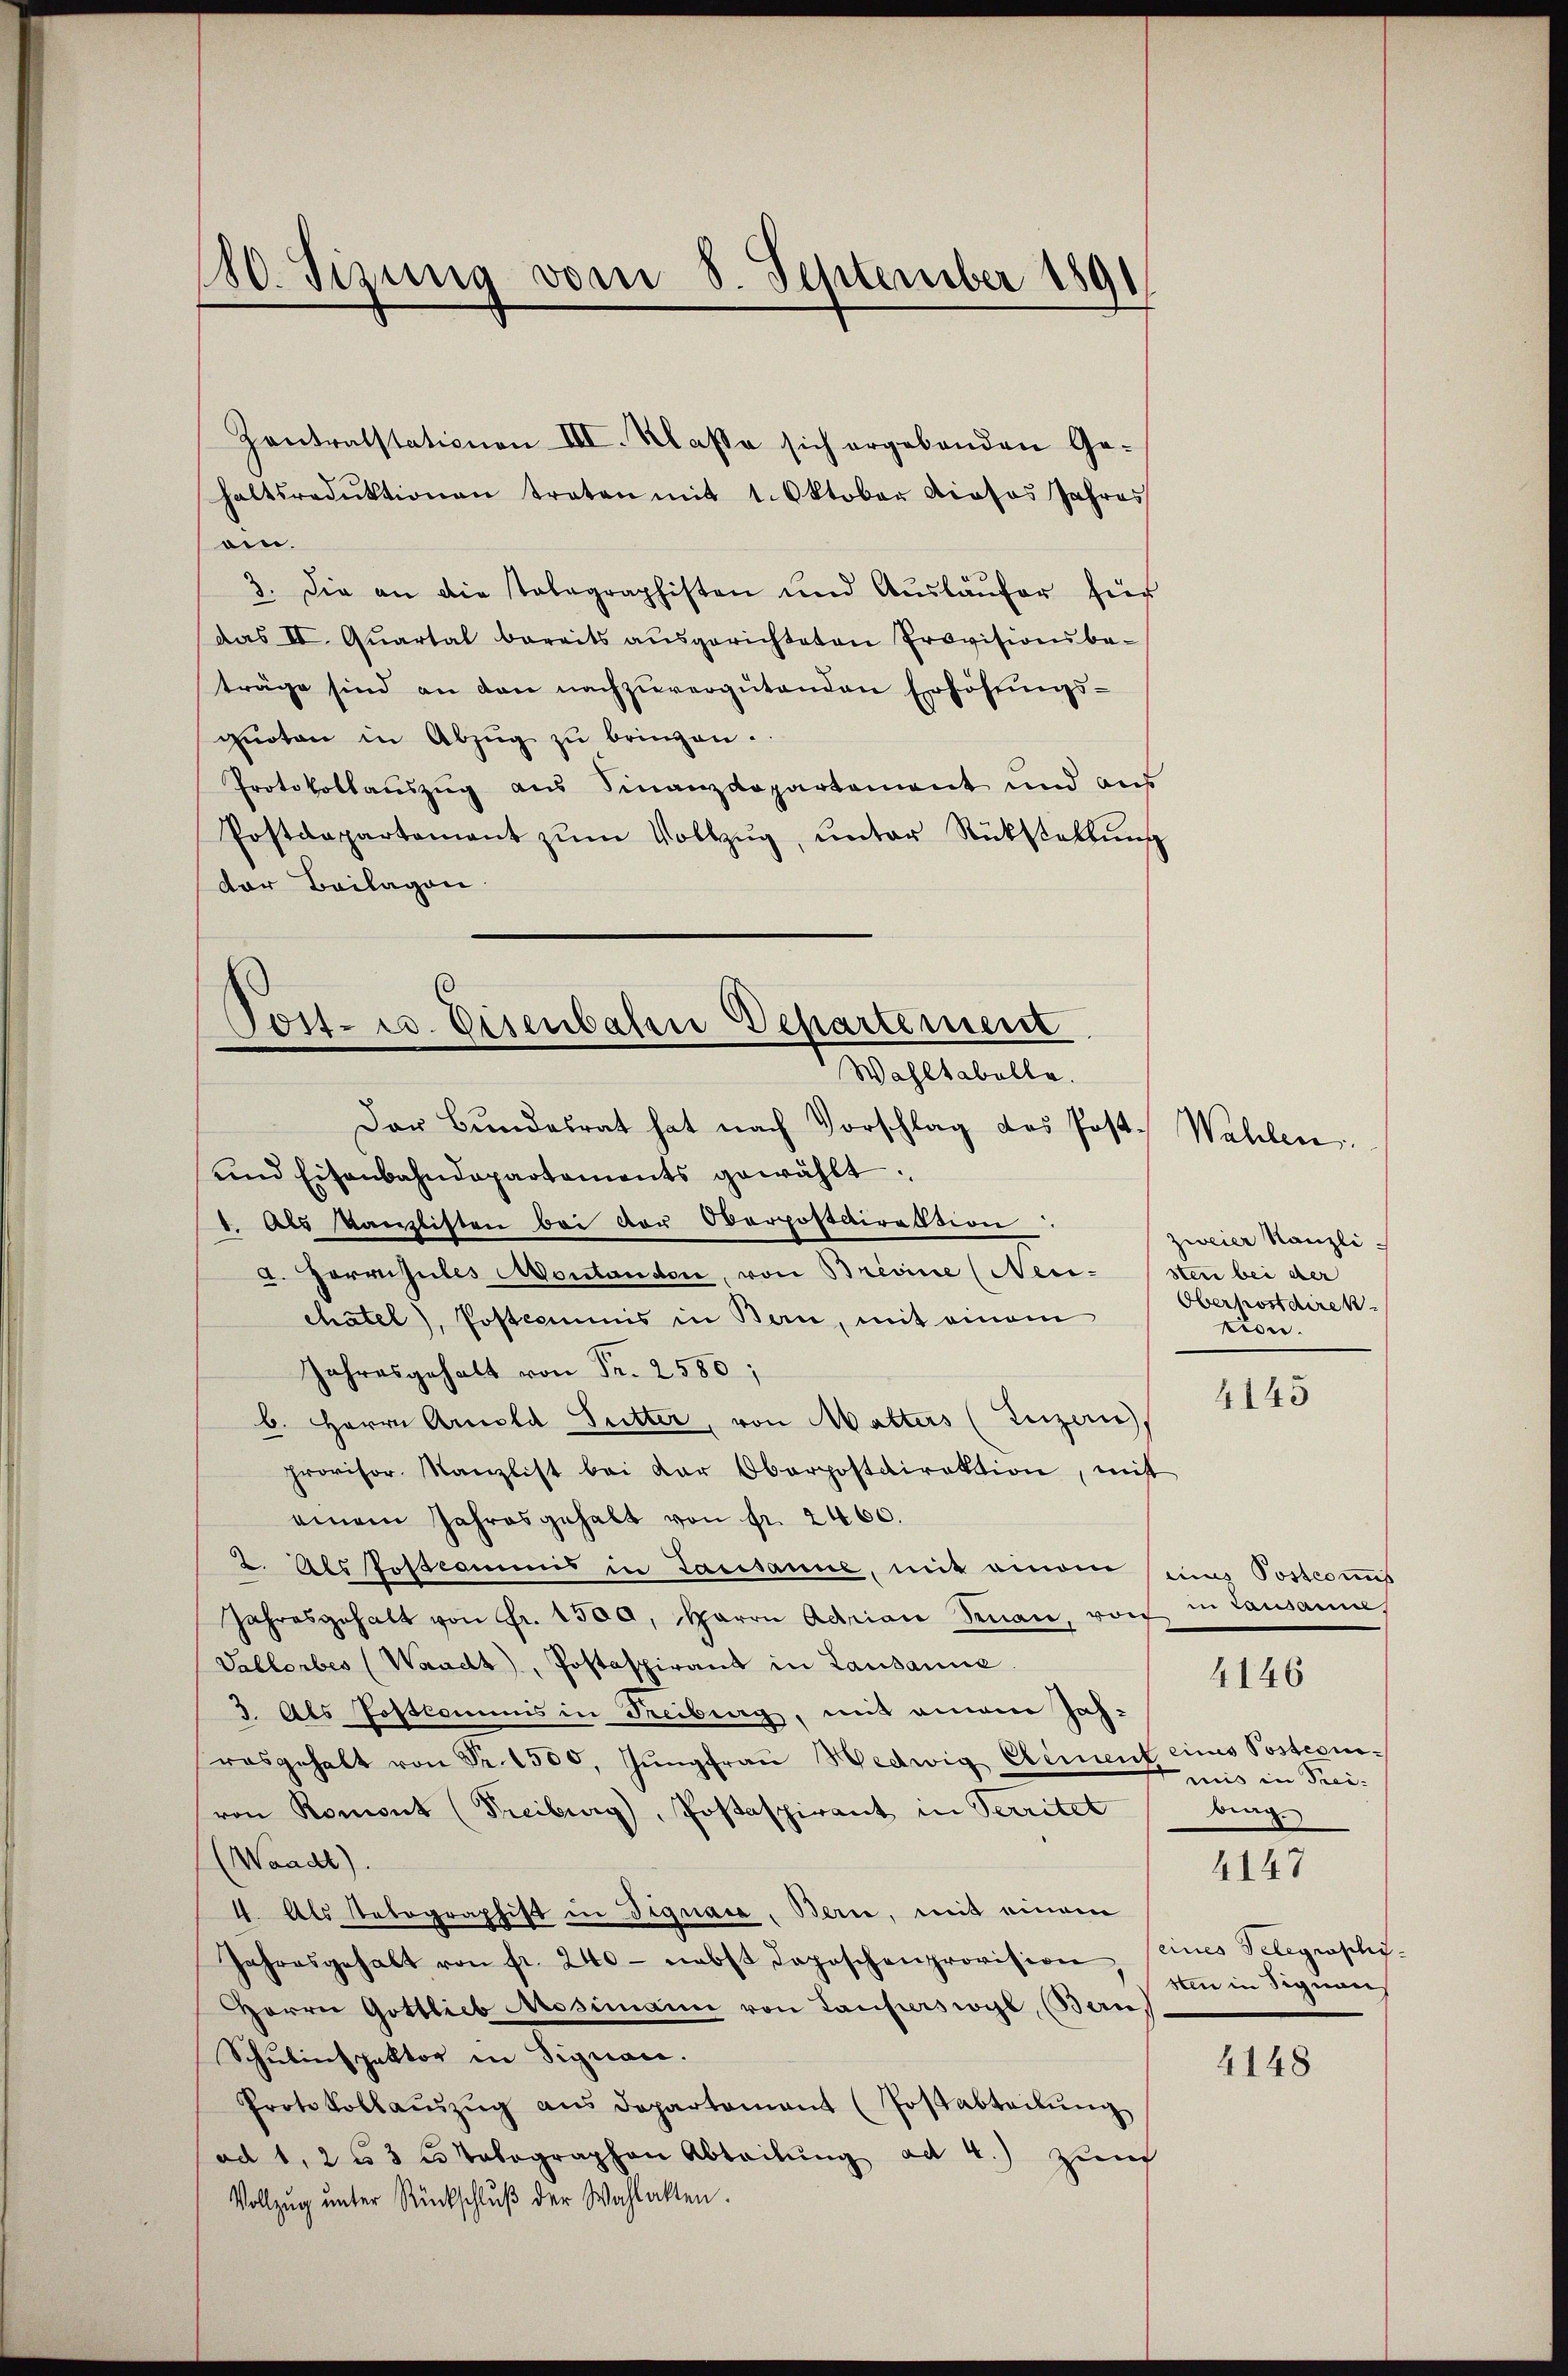
180. Sizung vom 8. September 1891

Zontratstationen III. Klasse sich ergebenden Ge-
haltsredŭktionen traten mit 1. Oktober dieses Jahres
oin.
3. Die an die Talagraphisten und Aŭsläŭfer für
das II. Qŭartal bereits aŭsgerichteten Provisionsbe-
träge sind an den nachzuvergütenden Erhöhungsguoten in Abzŭg zŭ bringen.
Protokollauszug aus Finanzdepartement und aus
Postdepartement zŭm Vollzŭg, ŭnter Rückstellŭng
der Beilagen.

Tost- u. Eisenbahn Departement
Wahltabella.

Dar Bundesrat hat nach Vorschlag des Post. Wahlen.
und Eisenbahndepartaments gewählt.
1. Als Kanzlisten bei der Oberpostairession
d. Harrisules Montandere, von Brevine (Nei- sten bei der
chatel), Postcommis in Bern, mit einem
Jahresgehalt von Fr. 2580;
b. Herrn Arnold Sutter, von Matters (Luzern,
provisor Kanzlist bei der Oberpostdirektion, mit
einem Jahresgehalt von fr. 2460.
2. Als Postcommis in Lausanne, mit einem uns Postcomis
Jahresgehalt von Fr. 150 a, Herrn Adrian Suan, von in Lausanne,
Vallerbes (Waadt, Postaspirant in Lausanne.
3. Als Postkommis in Freiberg, mit einem Jahrosgehalt von Fr. 1500. Jŭngfraŭ Hedwig Element eines Postcomvon Romont (Freiburg), Postaspirant in Verritet
(Waadt).
4. Als Telegraphift in Dignace, Bern, mit einem
Jahresgehalt von fr. 240 - nebst doposchenprovision
Herrn Gottlieb Mosimann von Tauferswyl, (Ban)
Schulinspektor in Signau.
Protokollaŭszŭg aŭs departement (Postabtaŭŭng
ad 1, 2 u 3 c totographen Abteilung ad 4.) zum
Vollzug unter Rückschlŭβ der Wahlakten.

zweier Kanzli.
Oberkostdirek
tion.

4145

miis in Frei-
bing
4147
eines Telegraphi-
sten in Signaus

4146

4148